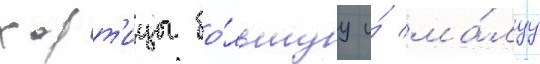
хорт'ицы бо́льшуу и́ ма́луу